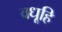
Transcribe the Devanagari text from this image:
वधूहि